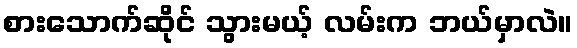
စားသောက်ဆိုင် သွားမယ့် လမ်းက ဘယ်မှာလဲ။